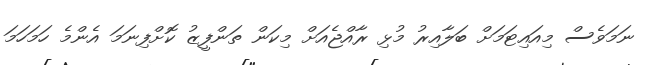
ނަމަވެސް މިއައިޓަމަށް ބަލާއިރު މުޅި ރާއްޖެއަށް މިކަން ތަންފީޒު ކޮށްފިނަމަ އެންމެ ހަމަހަމަ